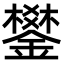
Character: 鐢